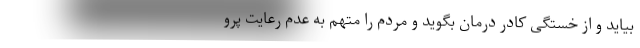
بیاید و از خستگی کادر درمان بگوید و مردم را متهم به عدم رعایت پرو